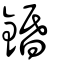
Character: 錉